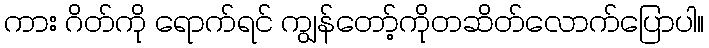
ကား ဂိတ်ကို ရောက်ရင် ကျွန်တော့်ကိုတဆိတ်လောက်ပြောပါ။